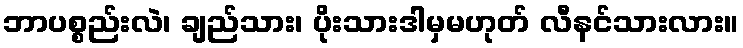
ဘာပစ္စည်းလဲ၊ ချည်သား၊ ပိုးသားဒါမှမဟုတ် လီနင်သားလား။